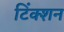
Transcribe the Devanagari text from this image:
टिंक्शन